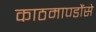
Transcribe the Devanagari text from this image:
काठमाण्डौंसे